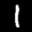
Label: 1